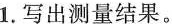
1.写出测量结果。